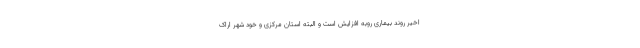
اخیر روند بیماری روبه افزایش است و البته استان مرکزی و خود شهر اراک